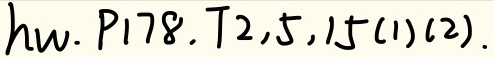
$h_w$。$P178$。$T2,5,15(1)(2)$